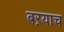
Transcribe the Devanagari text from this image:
बऱयाच